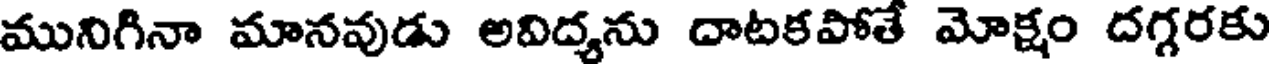
మునిగినా మానవుడు అవిద్యను దాటకపోతే మోక్షం దగ్గరకు